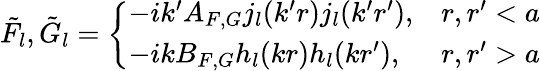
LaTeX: \tilde{F}_{l},\tilde{G}_{l}=\left\{ \begin{array}{ll}{{-ik^{\prime}A_{F,G}j_{l}(k^{\prime}r)j_{l}(k^{\prime}r^{\prime}),}}&{{r,r^{\prime}<a}}\\ {{-ikB_{F,G}h_{l}(kr)h_{l}(kr^{\prime}),}}&{{r,r^{\prime}>a}}\end{array}\right.